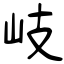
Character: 岐